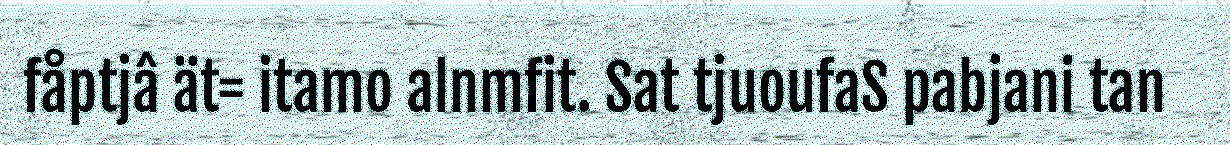
fåptjâ ät= itamo alnmfit. Sat tjuoufaS pabjani tan